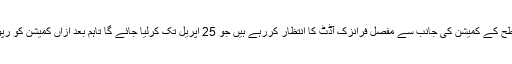
اس حوالے سے وزیراعظم عمران خان کا کہنا تھا کہ وہ اعلیٰ سطح کے کمیشن کی جانب سے مفصل فرانزک آڈٹ کا انتظار کررہے ہیں جو 25 اپریل تک کرلیا جائے گا تاہم بعد ازاں کمیشن کو رپورٹ پیش کرنے کے لیے مزید 3 ہفتوں کی مہلت دی گئی تھی۔